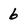
Character: 6